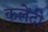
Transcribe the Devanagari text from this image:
कलेंदी